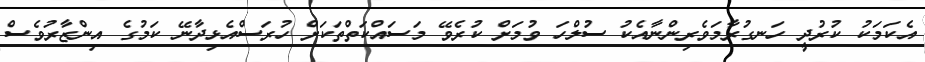
އެކަމަކު ކުރުދީ ހަނގުރާމަވެރިންނާއެކު ސުލްހަ ވުމަށް ކުރެވޭ މަސައްކަތްތަކަށް ހުރަސްއެޅިދާނޭ ކަމުގެ އިންޒާރުވެސް